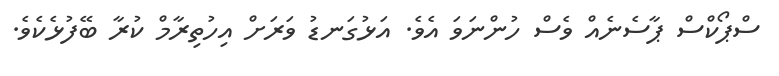
ސްޕޯކްސް ޕާސެނެއް ވެސް ހުންނަވަ އެވެ. އަޅުގަނޑު ވަރަށް އިހުތިރާމް ކުރާ ބޭފުޅެކެވެ.